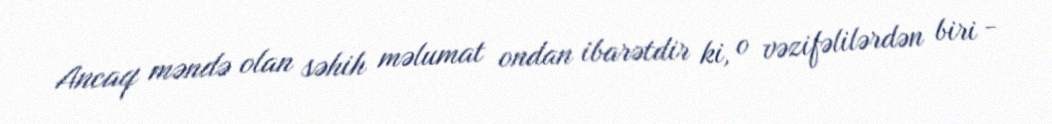
Ancaq məndə olan səhih məlumat ondan ibarətdir ki, o vəzifəlilərdən biri -